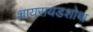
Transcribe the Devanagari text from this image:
शायरायडशोथ